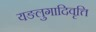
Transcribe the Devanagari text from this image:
यङलुगादिवृत्ति